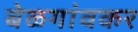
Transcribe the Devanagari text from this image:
बेळगांवकर